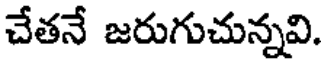
చేతనే జరుగుచున్నవి.